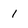
Character: 1